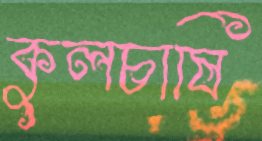
কুলচাষি